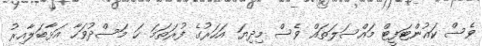
ވެސް ކައުންޓަފީޓް މައްސަލަތައް ވެސް މިދިޔަ އަހަރުގެ ފުރަތަމަ ހަ މަސްދުވަހާ އަޅާބަލާއިރު